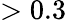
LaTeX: >0.3